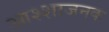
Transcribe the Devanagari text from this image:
आश्शाजनक